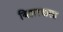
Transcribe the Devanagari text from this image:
बिहारवाला